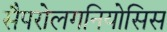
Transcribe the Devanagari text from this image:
सैपरोलगनियोसिस